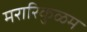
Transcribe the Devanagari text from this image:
मरारिकुळम